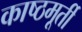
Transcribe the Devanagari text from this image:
काष्ठमूर्ती